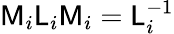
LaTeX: \mathsf{M}_{i}\mathsf{L}_{i}\mathsf{M}_{i}=\mathsf{L}_{i}^{-1}